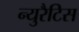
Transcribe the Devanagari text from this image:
न्युरैटिस